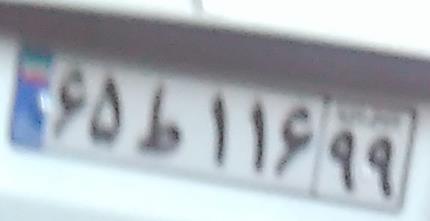
۶۵ط۱۱۶۹۹